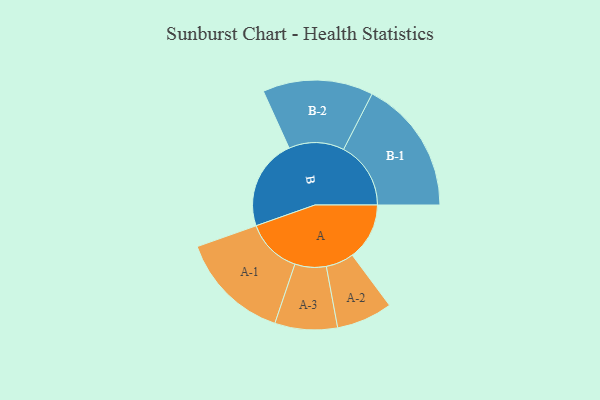
{"axis": {"x": "Segment", "y": "Value"}, "legend": ["", "A", "B"], "data": [{"x": "A", "y": 243, "type": ""}, {"x": "B", "y": 387, "type": ""}, {"x": "A-1", "y": 236, "type": "A"}, {"x": "A-2", "y": 119, "type": "A"}, {"x": "A-3", "y": 133, "type": "A"}, {"x": "B-1", "y": 286, "type": "B"}, {"x": "B-2", "y": 235, "type": "B"}]}